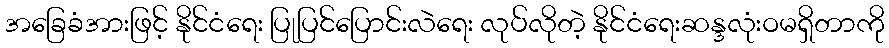
အခြေခံအားဖြင့် နိုင်ငံရေး ပြုပြင်ပြောင်းလဲရေး လုပ်လိုတဲ့ နိုင်ငံရေးဆန္ဒလုံးဝမရှိတာကို